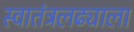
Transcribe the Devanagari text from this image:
स्वातंत्रलढ्याला